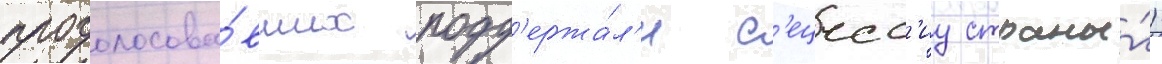
проголосова́вших подд'ержа́л'и с'ецесс'иу страны́)